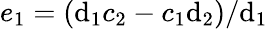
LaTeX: e_{1}=(\mathrm{d}_{1}c_{2}-c_{1}\mathrm{d}_{2})/\mathrm{d}_{1}